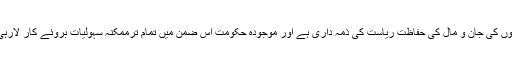
شہریوں کی جان و مال کی حفاظت ریاست کی ذمہ داری ہے اور موجودہ حکومت اس ضمن میں تمام ترممکنہ سہولیات بروئے کار لارہی ہے۔